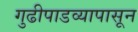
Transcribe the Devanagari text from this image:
गुढीपाडव्यापासून